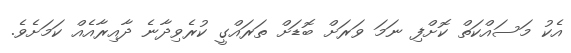
އެކު މަސައްކަތް ކޮށްފި ނަމަ ވަރަށް ބޮޑަށް ތަރައްގީ ކުރެވިދާނެ ދާއިރާއެއް ކަމަށެވެ.